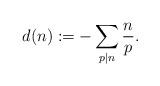
LaTeX: \begin{align*} d(n):= - \sum_{p \mid n} \frac{n}{p}.\end{align*}